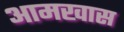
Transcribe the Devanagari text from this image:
आमखास